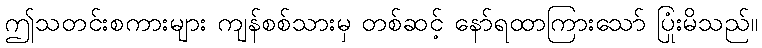
ဤသတင်းစကားများ ကျန်စစ်သားမှ တစ်ဆင့် နော်ရထာကြားသော် ပြုံးမိသည်။